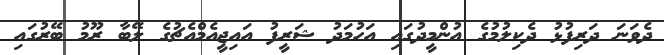
ދެވަނަ ދަރިފުޅު ދެކިލުމުގެ އުންމީދުގައި އަހުމަދު ޝަރީފު އައިޖީއެމްއެޗުގެ ލޭބާ ރޫމު ބޭރުގައި